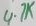
Text: 4.7K